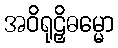
အဝိရုဠှိဓမ္မော